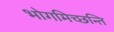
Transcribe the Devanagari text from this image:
भोगमिच्छन्ति